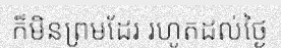
ក៏មិនព្រមដែរ រហូតដល់ថ្ងៃ